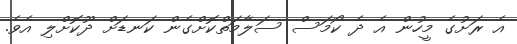
އެ ރަށުގެ މީހުން އެ ދެ ކޯމަސް ސަލާމަތްކޮށްގެން ކަނޑަށް ދޫކޮށްލި އެވެ.